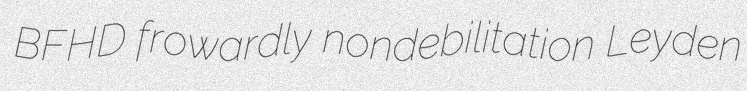
BFHD frowardly nondebilitation Leyden